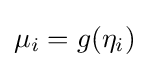
\mu _{i}=g(\eta _{i})